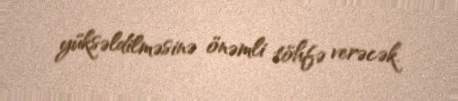
yüksəldilməsinə önəmli töhfə verəcək.